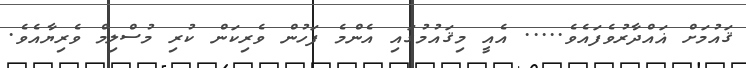
ޤައުމަށް ޣައްދާރުވެފައެވެ..... އެއީ މިޤައުމުގައި އެންމެ ފަހުން ވެރިކަން ކުރި މުސްލިމް ވެރިޔާއެވެ.